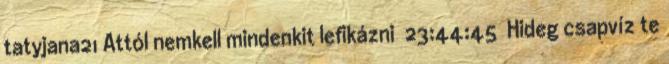
tatyjana21 Attól nemkell mindenkit lefikázni 23:44:45 Hideg csapvíz te